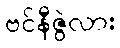
ဗင်နီဇွဲလား